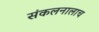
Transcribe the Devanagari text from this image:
संकलनालाच